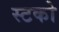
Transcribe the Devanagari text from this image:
स्टको